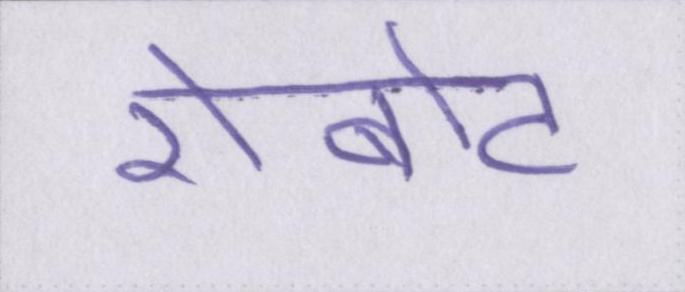
रोबोट